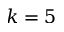
k = 5